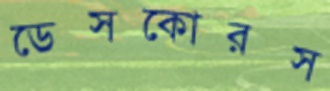
ডেসকোরস